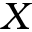
X